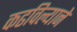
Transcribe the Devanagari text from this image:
कढविल्याने